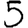
Digit: 5